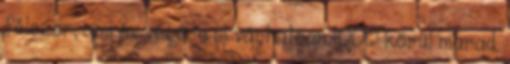
félezer, ami év végére is várhatóan 1000 körül marad.